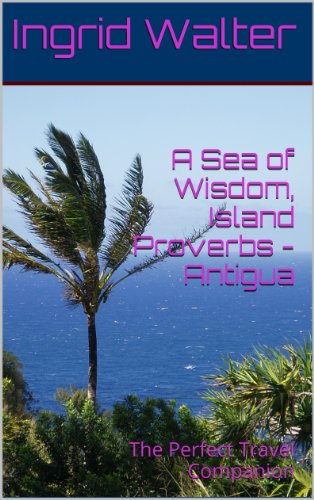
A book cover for A Sea of Wisdom, Island Proverbs - Antigua    Â : The Perfect Travel Companion; Ingrid Walter; Travel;